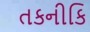
તકનીકિ